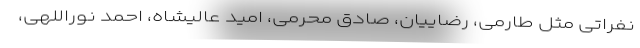
نفراتی مثل طارمِی، رضاییان، صادق محرمی، امید عالیشاه، احمد نوراللهی،